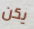
يكن